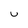
Character: u